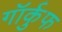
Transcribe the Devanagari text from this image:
गॉर्कुफ